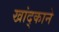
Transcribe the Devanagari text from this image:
खांद्काने